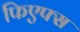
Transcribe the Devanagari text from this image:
फिएफ्स